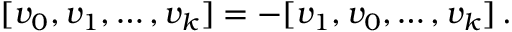
\begin{array} { r } { [ v _ { 0 } , v _ { 1 } , \dots , v _ { k } ] = - [ v _ { 1 } , v _ { 0 } , \dots , v _ { k } ] \, . } \end{array}